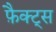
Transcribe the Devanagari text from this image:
फ़ैक्ट्स